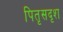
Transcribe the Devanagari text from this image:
पितृसदृश